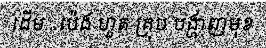
ដើម...ប៉េង ហួត គ្រុប បង្ហាញមុខ